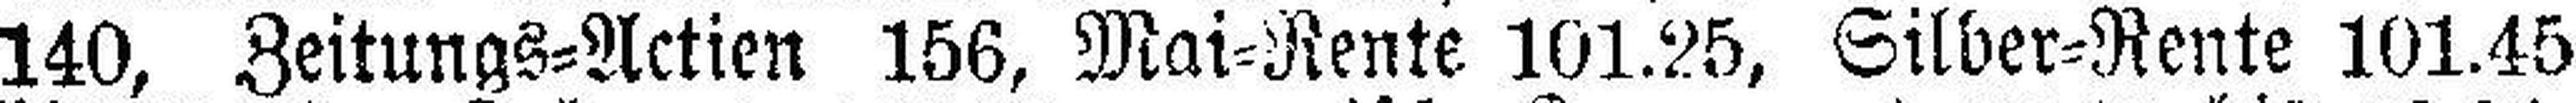
140, Zeitungs=Actien 156, Mai=Rente 101.25, Silber=Rente 101.45